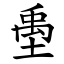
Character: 㙑